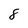
Character: 8